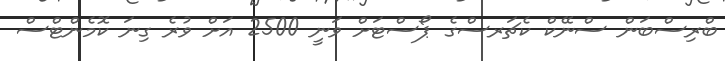
ބްރިސްބަން ސްނޭކް ކެޗަރސްގެ ޕޯސްޓަށް ވަނީ 2500 އަށް ވުރެ ގިނަ ކޮމެންޓްސް